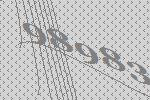
98983